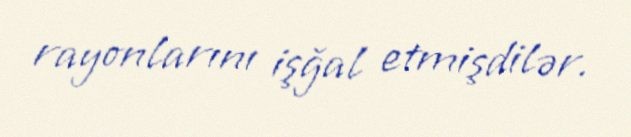
rayonlarını işğal etmişdilər.